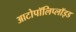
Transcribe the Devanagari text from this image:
आटोपॉलिप्लॉइड